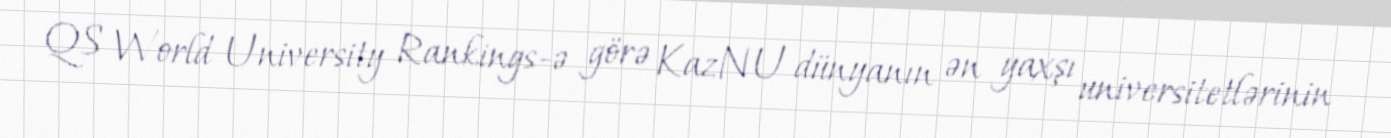
QS World University Rankings-ə görə KazNU dünyanın ən yaxşı universitetlərinin